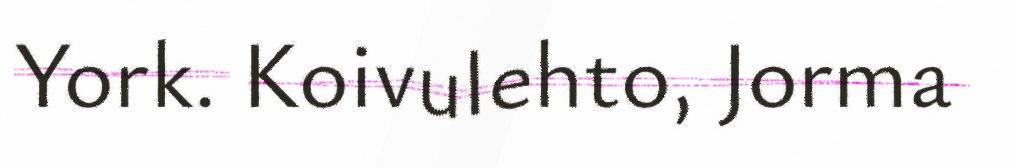
York. Koivulehto, Jorma